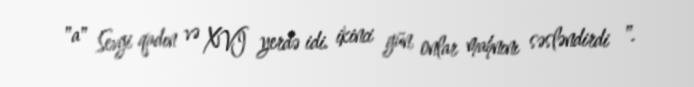
"a" Sevgi qadın və XVI yerdə idi. ikinci gün, onlar mahnını səsləndirdi ".